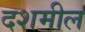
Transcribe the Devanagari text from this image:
दशमील